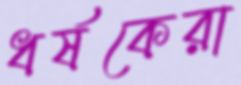
ধর্ষকেরা